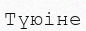
Түюіне